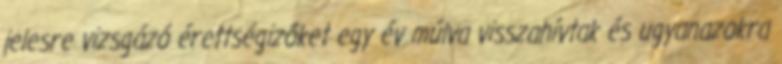
jelesre vizsgázó érettségizőket egy év múlva visszahívtak és ugyanazokra